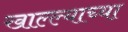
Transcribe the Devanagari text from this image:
खाल्ल्याच्या